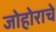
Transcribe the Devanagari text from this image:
जोहोराचे